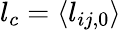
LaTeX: l_{c}=\langle l_{ij,0}\rangle